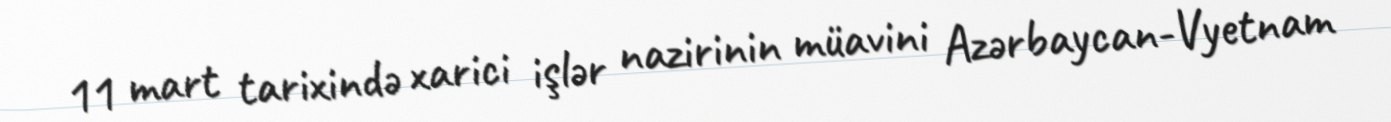
11 mart tarixində xarici işlər nazirinin müavini Azərbaycan-Vyetnam